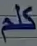
كلم